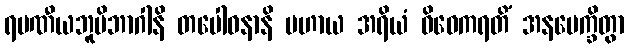
ရမဏီယဘူမိဘာဂါနိ တပေါဝနာနိ ပဟာယ အရိယံ ဝိဝေကရတိံ အနပေက္ခိတွာ